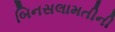
બિનસલામતીની